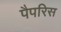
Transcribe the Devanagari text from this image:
पैपरिस